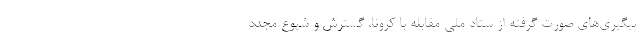
پیگیری‌های صورت گرفته از ستاد ملی مقابله با کرونا، گسترش و شیوع مجدد